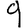
Digit: 9